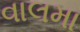
વાલમા